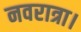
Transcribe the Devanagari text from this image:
नवरात्रा।